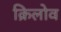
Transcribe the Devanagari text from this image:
क्रिलोव